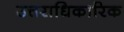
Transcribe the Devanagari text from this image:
उत्तराधिकारिक